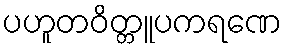
ပဟူတဝိတ္တူပကရဏေ